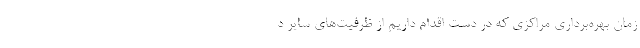
زمان بهره‌برداری مراکزی که در دست اقدام داریم از ظرفیت‌های سایر د